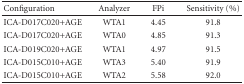
| Configuration | Analyzer | FPi | Sensitivity (%) |
 | --- | --- | --- | --- |
 | ICA-D017C020+AGE | WTA1 | 4.45 | 91.8 |
 | ICA-D017C020+AGE | WTA0 | 4.85 | 91.3 |
 | ICA-D019C020+AGE | WTA1 | 4.97 | 91.5 |
 | ICA-D015C010+AGE | WTA3 | 5.40 | 91.9 |
 | ICA-D015C010+AGE | WTA2 | 5.58 | 92.0 |